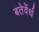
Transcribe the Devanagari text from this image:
बतेर्वेर्थ